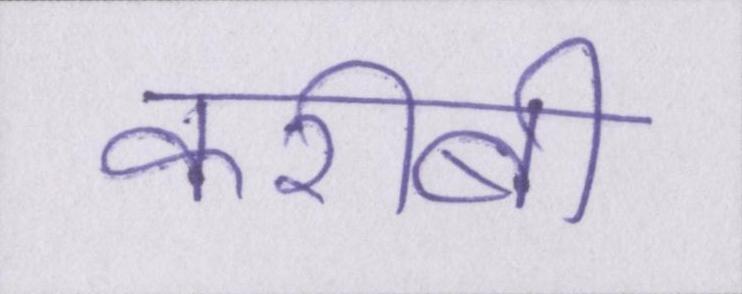
करीबी